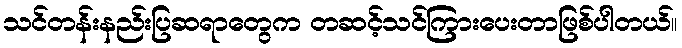
သင်တန်းနည်းပြဆရာတွေက တဆင့်သင်ကြားပေးတာဖြစ်ပါတယ်။